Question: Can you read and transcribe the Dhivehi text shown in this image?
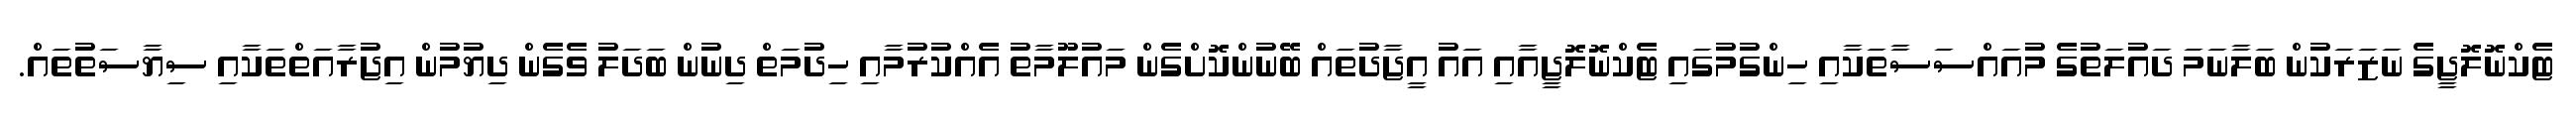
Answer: ޓެކްނޮލޮޖީގެ ނަޒަރަކުން ބަލާނަމަ ދައުލަތުގެ މުއައްސަސާތަކާއި ހިންގުމުގައި ޓެކްނޮލޮޖީއާއި އައު އީޖާދުތައް ބޭނުންކޮށްގެން މައުލޫމާތު އެއްކުރުމާއި ހިދުމަތް ދިނުން ބަދަލު ވެގެން ދިޔުމުން އިޖުރާއަތްތަކާއި ސިޔާސަތުތައް.